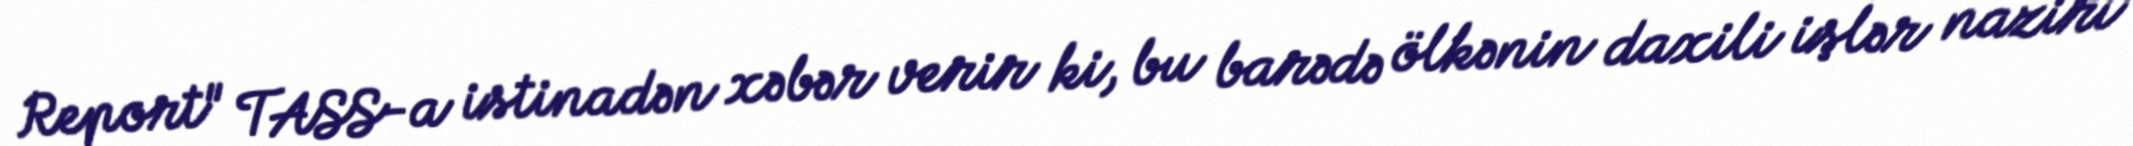
Report" TASS-a istinadən xəbər verir ki, bu barədə ölkənin daxili işlər naziri